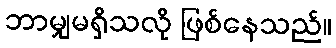
ဘာမျှမရှိသလို ဖြစ်နေသည်။